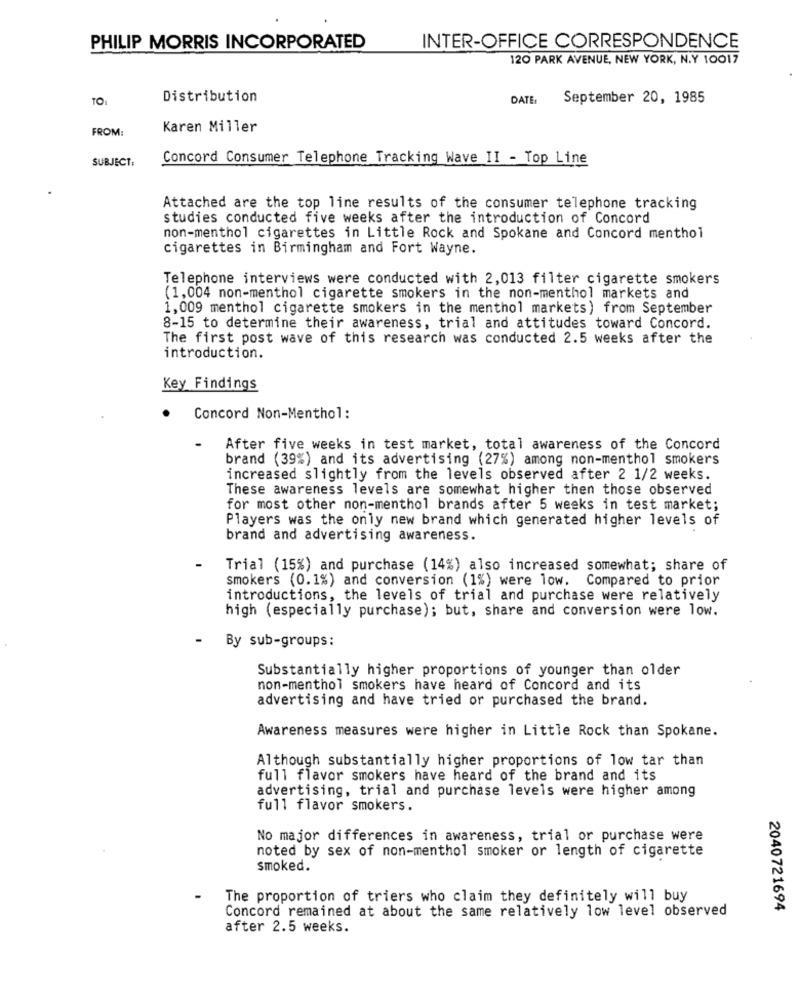
PHILIP MORRIS INCORPORATED
INTER-OFFICE CORRESPONDENCE
120 PARK AVENUE, NEW YORK, N.Y 10017
TOI
Distribution
DATE:
September 20, 1985
FROM:
Karen Miller
SUBJECT:
Concord Consumer Telephone Tracking Wave II - Top Line
Attached are the top line results of the consumer telephone tracking
studies conducted five weeks after the introduction of Concord
non-menthol cigarettes in Little Rock and Spokane and Concord menthol
cigarettes in Birmingham and Fort Wayne.
Telephone interviews were conducted with 2,013 filter cigarette smokers
(1,004 non-menthol cigarette smokers in the non-menthol markets and
1,009 menthol cigarette smokers in the menthol markets) from September
8-15 to determine their awareness, trial and attitudes toward Concord.
The first post wave of this research was conducted 2.5 weeks after the
introduction.
Key Findings
Concord Non-Menthol:
After five weeks in test market, total awareness of the Concord
brand (39%) and its advertising (27%) among non-menthol smokers
increased slightly from the levels observed after 2 1/2 weeks.
These awareness levels are somewhat higher then those observed
for most other non-menthol brands after 5 weeks in test market;
Players was the only new brand which generated higher levels of
brand and advertising awareness.
Trial (15%) and purchase (14%) also increased somewhat; share of
smokers (0.1%) and conversion (1%) were low. Compared to prior
introductions, the levels of trial and purchase were relatively
high (especially purchase); but, share and conversion were low.
- By sub-groups:
Substantially higher proportions of younger than older
non-menthol smokers have heard of Concord and its
advertising and have tried or purchased the brand.
Awareness measures were higher in Little Rock than Spokane.
Although substantially higher proportions of low tar than
full flavor smokers have heard of the brand and its
advertising, trial and purchase levels were higher among
full flavor smokers.
No major differences in awareness, trial or purchase were
noted by sex of non-menthol smoker or length of cigarette
smoked.
The proportion of triers who claim they definitely will buy
2040721694
Concord remained at about the same relatively low level observed
after 2.5 weeks.